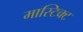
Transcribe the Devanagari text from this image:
मास्टिक्ट